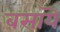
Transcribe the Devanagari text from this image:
बसायॆ